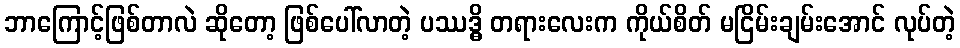
ဘာကြောင့်ဖြစ်တာလဲ ဆိုတော့ ဖြစ်ပေါ်လာတဲ့ ပဿဒ္ဓိ တရားလေးက ကိုယ်စိတ် မငြိမ်းချမ်းအောင် လုပ်တဲ့